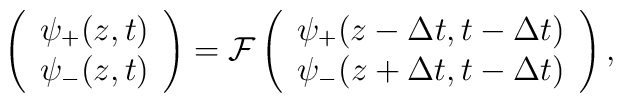
\left( \begin{array}{c}           \psi_{+} (z, t) \\ \psi_{-} (z, t)          \end{array}   \right)  = \mathcal{F}  \left( \begin{array}{c}                              \psi_{+} (z - \Delta t, t - \Delta t) \\                              \psi_{-} (z + \Delta t, t - \Delta t)                             \end{array}    \right),